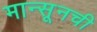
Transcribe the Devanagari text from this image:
मान्सूनची